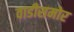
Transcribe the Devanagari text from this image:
वाडीसमोर